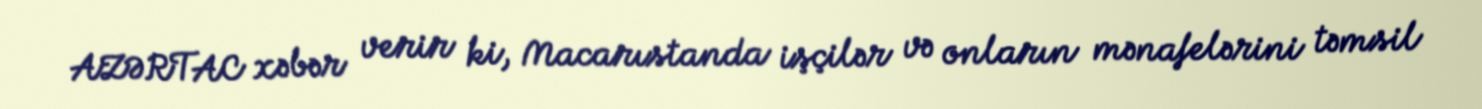
AZƏRTAC xəbər verir ki, Macarıstanda işçilər və onların mənafelərini təmsil